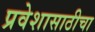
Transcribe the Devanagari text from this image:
प्रवेशासाठीचा